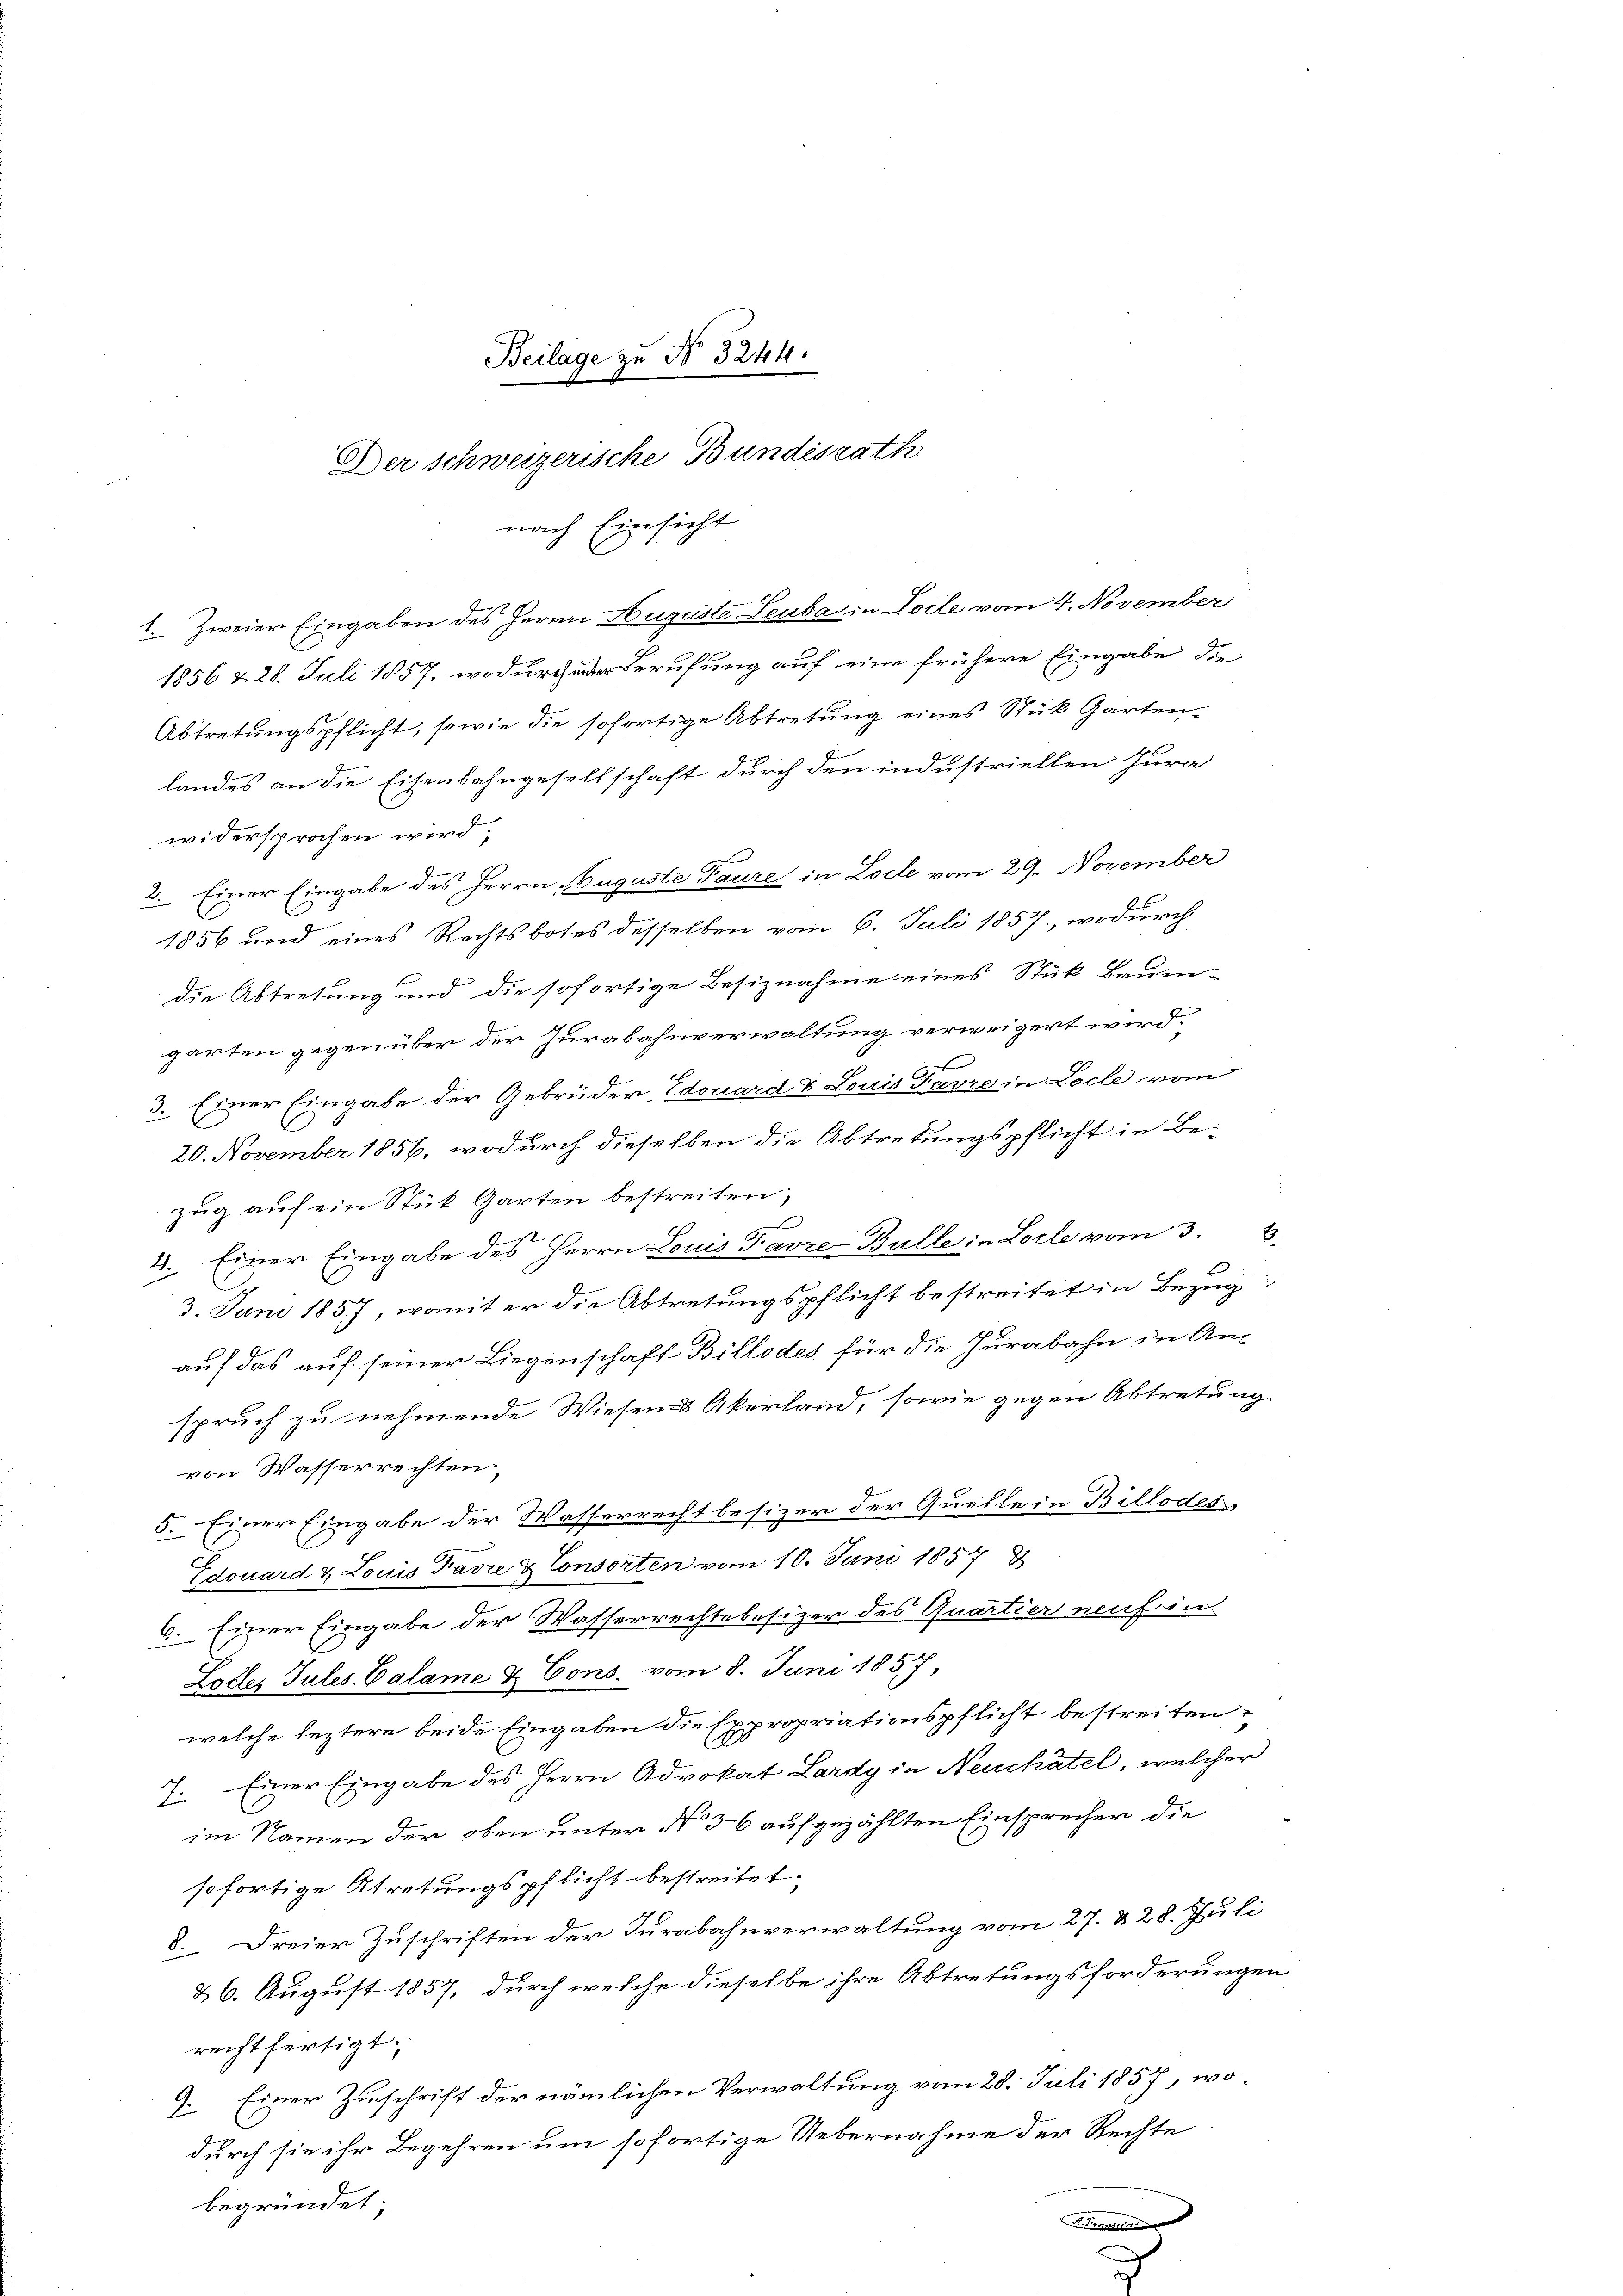
Beilage zu No 3244.
Der schweizerische Bundesrath

nach Einsicht
1. Zweier Eingaben des Herrn Auguste Leuba in Loile vom 4. November

1856 & 28. Juli 1857, wodurch Berufung auf eine frühere Eingabe die
Abtretungspflicht, sowie die sofortige Abtretung eines Stük Gärten-
P
landes an die Eisenbahngesellschaft durch den industriellen Jura
widersprochen wird,
2. Einer Eingabe des Herrn Auguste Taure in Loche vom 29. November
1856 und eines Rechtsbotes desselben vom 6. Juli 1857, wodurch
die Abtretung und die sofortige Besiznahme eines Stük Baum-
garten gegenüber der Jurabahnverwaltung verweigert wird.
f
3. Einer Eingabe der Gebrüder Edouard & Louis Favre in Loche vom
l
20. November 1856, wodurch dieselben die Abtretungspflicht in Be-
zug auf ein Stük Garten bestreiten,
e
E.
4. Einer Eingabe des Herrn Louis Favre-Bulle in Locle vom 3.
3. Juni 1857, womit er die Abtretungspflicht bestreitet in Bezug
auf das auf seiner Liegenschaft Billodes für die Jurabahn in An-
spruch zu nehmende Wiesen- & Akerland, sowie gegen Abtretung
von Wasserrechten,
5. Einer Eingabe der Wasserrecht besizer der Quelle in Billodes
Edouard & Louis Favre & Consorten vom 10. Juni 1857
6. Einer Eingabe der Wasserrechte besizer des Quartier neuf in
Lotler Tules Calame & Cons. vom 8. Juni 1857,
welche leztere beide Eingaben die Expropriationspflicht bestreiten,
7. Einer Eingabe des Herrn Advokat Lardy in Neuchâtel, welcher
im Namen der oben unter No 36 aufgezählten Einsprecher die
sofortige Atretungspflicht bestreitet.
8. Dreier Zuschriften der Turabahnverwaltung vom 27. & 28. Juli
& 6. August 1857, durch welche dieselbe ihre Abtretungsforderungen
rechtfertigt.
9. Einer Zuschrift der nämlichen Verwaltung vom 28. Juli 1857, wodurch sie ihr Begehren um sofortige Uebernahme der Rechte
begründet;
S. Tierenden